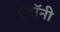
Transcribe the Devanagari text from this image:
एंटॉनी